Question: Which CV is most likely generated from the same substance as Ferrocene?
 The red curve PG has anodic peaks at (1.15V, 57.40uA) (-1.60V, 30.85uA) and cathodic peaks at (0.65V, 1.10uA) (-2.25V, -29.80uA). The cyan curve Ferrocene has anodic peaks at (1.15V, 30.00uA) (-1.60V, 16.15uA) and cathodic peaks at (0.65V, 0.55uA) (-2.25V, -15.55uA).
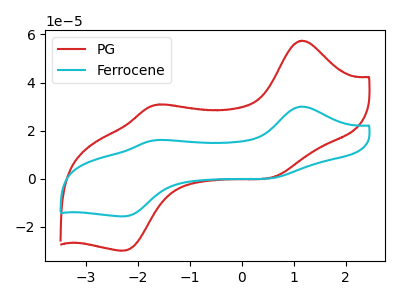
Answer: <think>All the peaks in "PG" have a peak in "Ferrocene" at the same potential.
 </think>
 <answer>The CV with the most similar shape to "PG" is "Ferrocene".</answer>
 <eval>"Ferrocene"</eval>